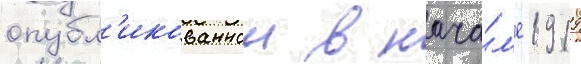
опубл'икованнои в нача́л'е 1919